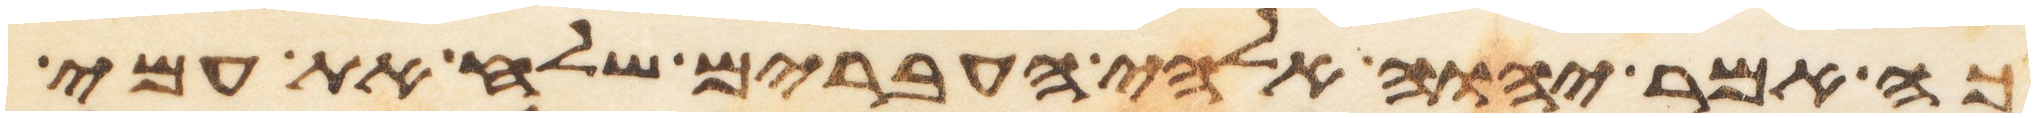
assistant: כה אמר יהוה אלהי העברים שלח את עמי